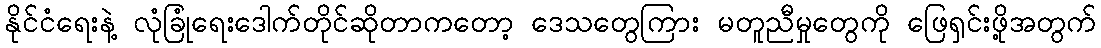
နိုင်ငံရေးနဲ့ လုံခြုံရေးဒေါက်တိုင်ဆိုတာကတော့ ဒေသတွေကြား မတူညီမှုတွေကို ဖြေရှင်းဖို့အတွက်